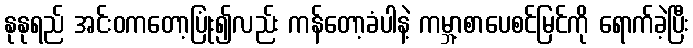
နုနုရည် အင်းဝကတော့ပြုံး၍လည်း ကန်တော့ခံပါနဲ့ ကမ္ဘာ့စာပေစင်မြင်ကို ရောက်ခဲ့ပြီး